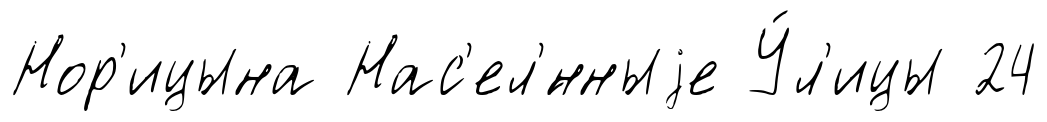
Нор'ицына Нас'ел'́нныjе У́л'ицы 24